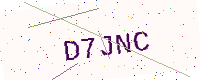
Text: D7JNC